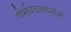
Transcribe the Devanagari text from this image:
पोर्सवदातरुनांना